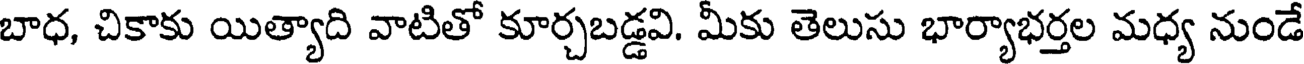
బాధ, చికాకు యిత్యాది వాటితో కూర్చబడ్డవి. మీకు తెలుసు భార్యాభర్తల మధ్య నుండే